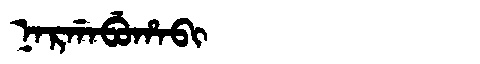
Manchu: ᠨᠠᡵᡤᠠᠪᡠᡥᠠᠪᡳ
Romanization: NARGABUHABI